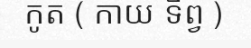
កូត ( កាយ ទិព្វ )